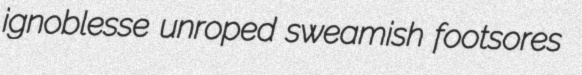
ignoblesse unroped sweamish footsores